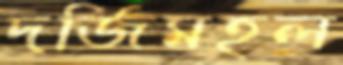
দর্জিমহল